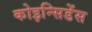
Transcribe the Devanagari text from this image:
कोइन्सिडेंस